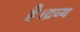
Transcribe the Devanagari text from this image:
है।द्रव्य